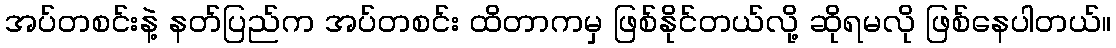
အပ်တစင်းနဲ့ နတ်ပြည်က အပ်တစင်း ထိတာကမှ ဖြစ်နိုင်တယ်လို့ ဆိုရမလို ဖြစ်နေပါတယ်။